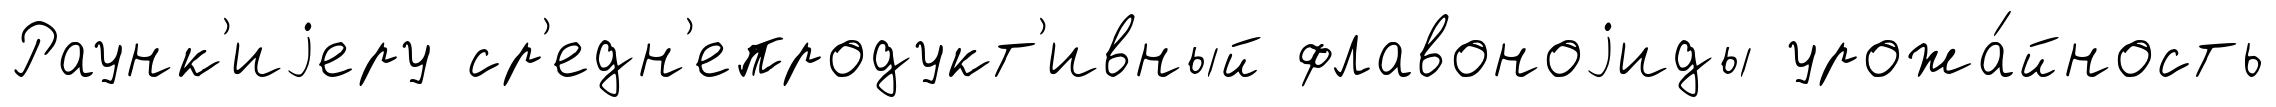
Раунк'иjеру ср'едн'епродукт'ивный флавоноjиды урожа́йность